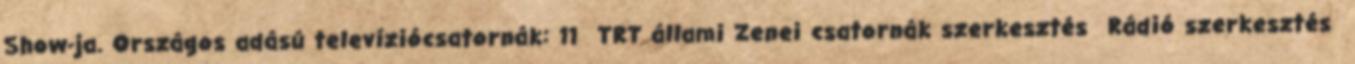
Show-ja. Országos adású televíziócsatornák: 11 TRT állami Zenei csatornák szerkesztés Rádió szerkesztés